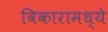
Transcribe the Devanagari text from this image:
विकारामध्ये